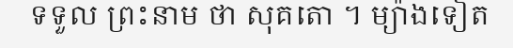
ទទួល ព្រះនាម ថា សុគតោ ។ ម្យ៉ាងទៀត